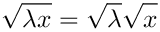
\sqrt { \lambda x } = \sqrt { \lambda } \sqrt { \vphantom { \lambda } x }